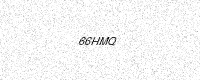
Text: 66HMQ